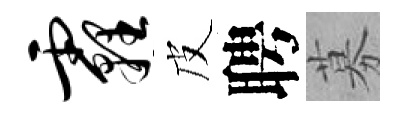
霾皮聘募